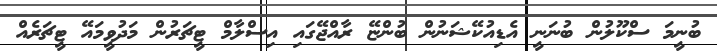
ބުނީމަ ސްކޫލުން ބުނަނީ އެޑިއުކޭޝަނުން ބުންޏޭ ރާއްޖޭގައި އިސްލާމް ޓީޗަރުން މަދުވީމައޭ ޓީޗަރެއް